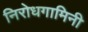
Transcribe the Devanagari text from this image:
निरोधगामिनी